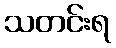
သတင်းရ